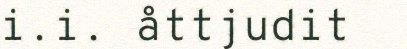
i.i. åttjudit